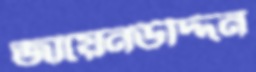
জায়েনউদ্দিন